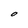
Character: O